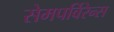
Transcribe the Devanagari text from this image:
सेमपर्विरेन्स